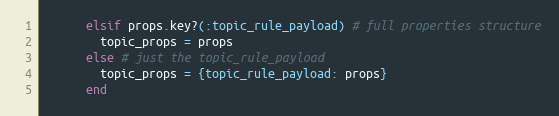
Language: Ruby
      elsif props.key?(:topic_rule_payload) # full properties structure
        topic_props = props
      else # just the topic_rule_payload
        topic_props = {topic_rule_payload: props}
      end